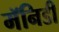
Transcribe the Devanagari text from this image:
मॅनिडी